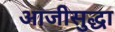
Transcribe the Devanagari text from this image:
आजीसुद्धा